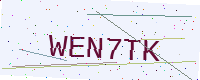
Text: WEN7TK